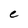
Character: c